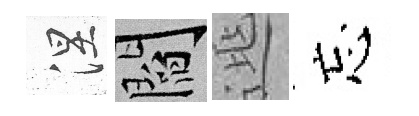
涅閻𨓱忘